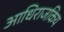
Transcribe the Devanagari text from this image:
आधिराजकिय